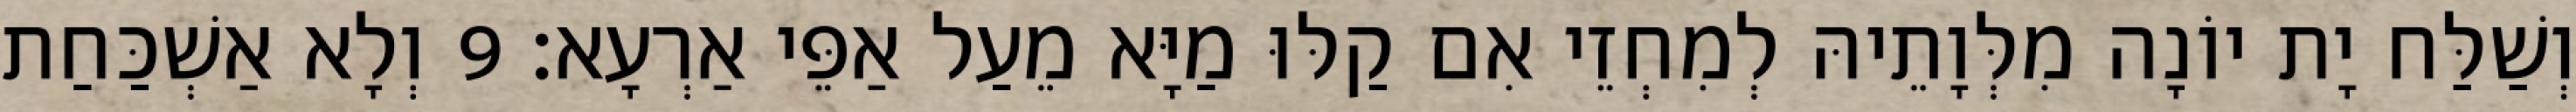
וְשַׁלַּח יָת יוֹנָה מִלְּוָתֵיהּ לְמִחְזֵי אִם קַלּוּ מַיָּא מֵעַל אַפֵּי אַרְעָא׃ 9 וְלָא אַשְׁכַּחַת